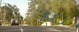
૩ઇ